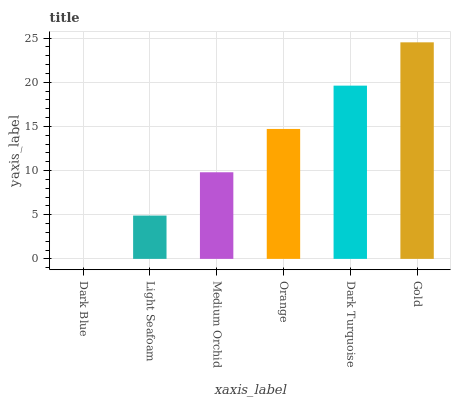
| xaxis_label | bars |
 | --- | --- |
 | Dark Blue | 0 |
 | Light Seafoam | 4.9 |
 | Medium Orchid | 9.8 |
 | Orange | 14.7 |
 | Dark Turquoise | 19.6 |
 | Gold | 24.5 |